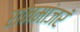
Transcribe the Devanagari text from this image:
रानमांजरं